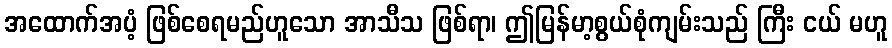
အထောက်အပံ့ ဖြစ်စေရမည်ဟူသော အာသီသ ဖြစ်ရာ၊ ဤမြန်မာ့စွယ်စုံကျမ်းသည် ကြီး ငယ် မဟူ